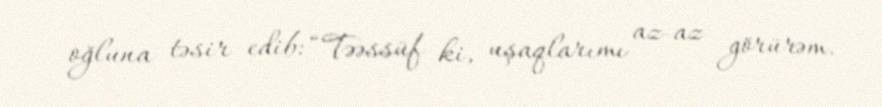
oğluna təsir edib: “Təəssüf ki, uşaqlarımı az-az görürəm.